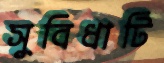
সুবিধাটি